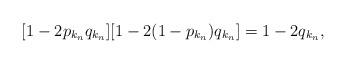
LaTeX: \begin{align*}[1 - 2p_{k_n}q_{k_n}][1- 2(1-p_{k_n})q_{k_n}] = 1 - 2q_{k_n},\end{align*}